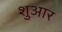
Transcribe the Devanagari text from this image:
शुआर